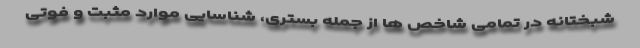
شبختانه در تمامی شاخص ها از جمله بستری، شناسایی موارد مثبت و فوتی